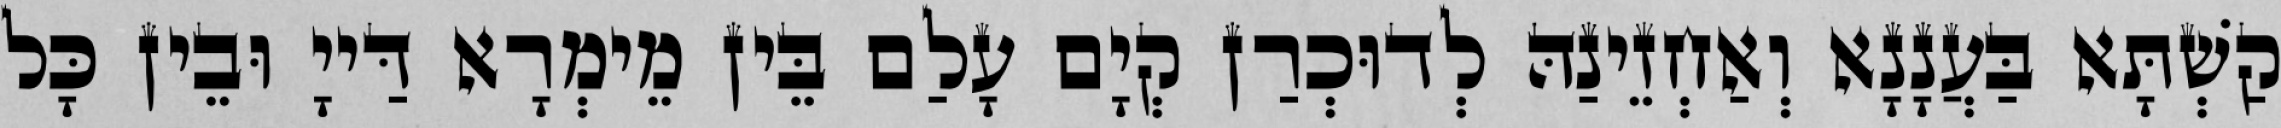
קַשְׁתָּא בַּעֲנָנָא וְאַחְזֵינַהּ לְדוּכְרַן קְיָם עָלַם בֵּין מֵימְרָא דַּייָ וּבֵין כָּל